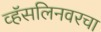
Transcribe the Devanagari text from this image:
व्हॅसलिनवरचा